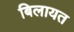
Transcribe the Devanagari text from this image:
बिलायत